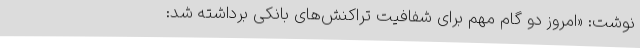
نوشت: «امروز دو گام مهم برای شفافیت تراکنش‌های بانکی برداشته شد: